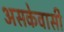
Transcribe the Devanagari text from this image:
असकेवासी